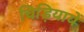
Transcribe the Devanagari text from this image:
चिड़ियायें